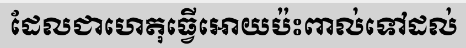
ដែលជាហេតុធ្វើអោយប៉ះពាល់ទៅដល់